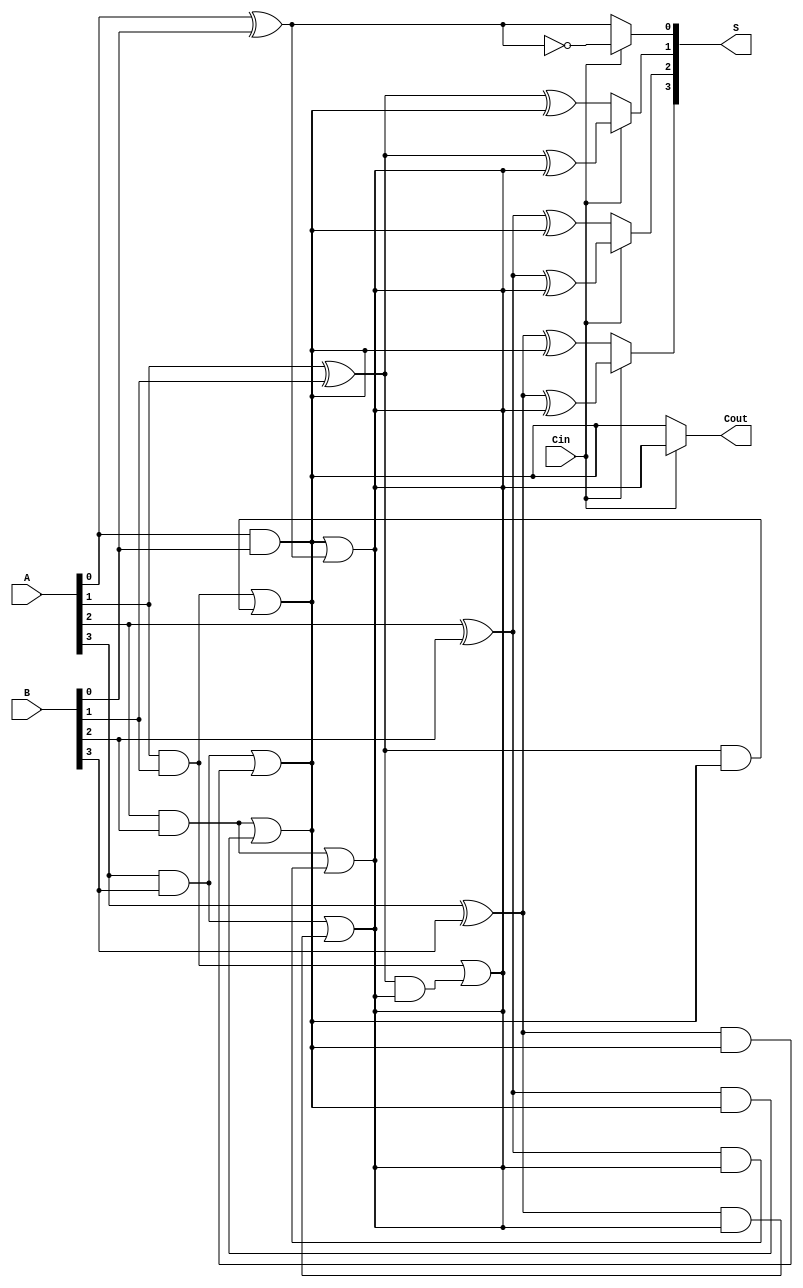
module CCSA_4bit (
    input [3:0] A,     // 4-bit input A
    input [3:0] B,     // 4-bit input B
    input Cin,         // Input carry
    output [3:0] S,    // 4-bit sum output
    output Cout        // Output carry
);

    wire [3:0] S0, S1; // Sum outputs for carry = 0 and carry = 1
    wire C0, C1;       // Carry outputs for carry = 0 and carry = 1

    // Block 0 (LSB)
    assign S0[0] = A[0] ^ B[0] ^ 0; // Sum when carry in = 0
    assign C0 = (A[0] & B[0]) | ((A[0] ^ B[0]) & 0); // Carry out when carry in = 0

    assign S1[0] = A[0] ^ B[0] ^ 1; // Sum when carry in = 1
    assign C1 = (A[0] & B[0]) | ((A[0] ^ B[0]) & 1); // Carry out when carry in = 1

    // Select the output sum and carry based on the input carry
    assign S[0] = Cin ? S1[0] : S0[0];
    assign Cout = Cin ? C1 : C0;

    // Block 1
    assign S0[1] = A[1] ^ B[1] ^ C0; // Sum when carry in = C0
    assign C0 = (A[1] & B[1]) | ((A[1] ^ B[1]) & C0); // Carry out when carry in = C0

    assign S1[1] = A[1] ^ B[1] ^ C1; // Sum when carry in = C1
    assign C1 = (A[1] & B[1]) | ((A[1] ^ B[1]) & C1); // Carry out when carry in = C1

    assign S[1] = Cin ? S1[1] : S0[1];

    // Block 2
    assign S0[2] = A[2] ^ B[2] ^ C0; // Sum when carry in = C0
    assign C0 = (A[2] & B[2]) | ((A[2] ^ B[2]) & C0); // Carry out when carry in = C0

    assign S1[2] = A[2] ^ B[2] ^ C1; // Sum when carry in = C1
    assign C1 = (A[2] & B[2]) | ((A[2] ^ B[2]) & C1); // Carry out when carry in = C1

    assign S[2] = Cin ? S1[2] : S0[2];

    // Block 3 (MSB)
    assign S0[3] = A[3] ^ B[3] ^ C0; // Sum when carry in = C0
    assign C0 = (A[3] & B[3]) | ((A[3] ^ B[3]) & C0); // Carry out when carry in = C0

    assign S1[3] = A[3] ^ B[3] ^ C1; // Sum when carry in = C1
    assign C1 = (A[3] & B[3]) | ((A[3] ^ B[3]) & C1); // Carry out when carry in = C1

    assign S[3] = Cin ? S1[3] : S0[3];

endmodule